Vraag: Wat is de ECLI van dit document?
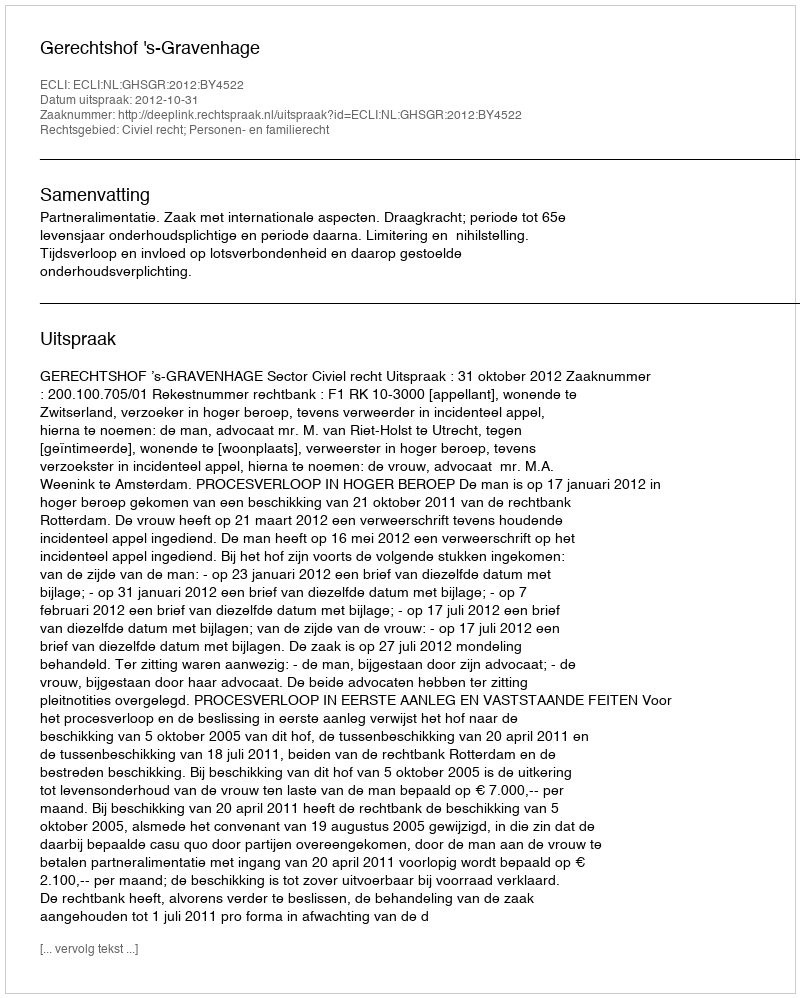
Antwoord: ECLI:NL:GHSGR:2012:BY4522